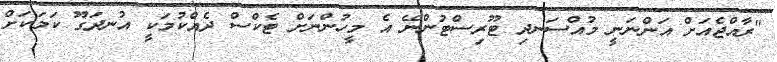
"ރާއްޖެއަށް އަންނަނީ މުއްސަނދި ޓޫރިސްޓުންނޭ އެ މީހުންނަށް ޓެކްސް ދެއްކުމަކީ އުނދަގޫ ކަމަކަށް